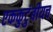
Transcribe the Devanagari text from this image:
एककुटुंबीयच